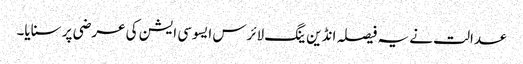
عدالت نے یہ فیصلہ انڈین ینگ لائرس ایسوسی ایشن کی عرضی پر سنایا۔